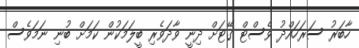
ހާބަރު ސަރަހައްދު ވެސްޓް ގޭޓަށް ދިނީ ވާދަވެރި ބީލަމަކުން ކަމަށް ބުނި ނަމަވެސް